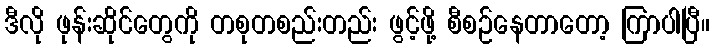
ဒီလို ဖုန်းဆိုင်တွေကို တစုတစည်းတည်း ဖွင့်ဖို့ စီစဉ်နေတာတော့ ကြာပါပြီ။